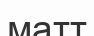
матт